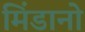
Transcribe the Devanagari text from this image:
मिंडानो